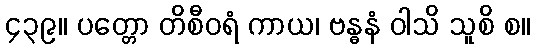
၄၃၉။ ပတ္တော တိစီဝရံ ကာယ၊ ဗန္ဓနံ ဝါသိ သူစိ စ။